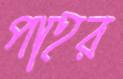
পাহর